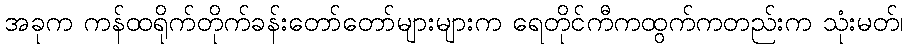
အခုက ကန်ထရိုက်တိုက်ခန်းတော်တော်များများက ရေတိုင်ကီကထွက်ကတည်းက သုံးမတ်၊